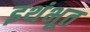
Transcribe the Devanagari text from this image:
इथंभूत